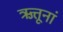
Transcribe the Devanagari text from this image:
ऋत्तूनां